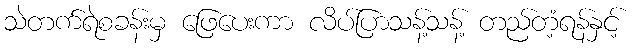
သဲတက်ရဲစခန်းမှ ဖြေပေးကာ လိပ်ပြာသန့်သန့် တည်တံ့ရန်နှင့်